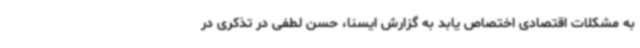
به مشکلات اقتصادی اختصاص یابد به گزارش ایسنا، حسن لطفی در تذکری در